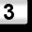
Digit: 3